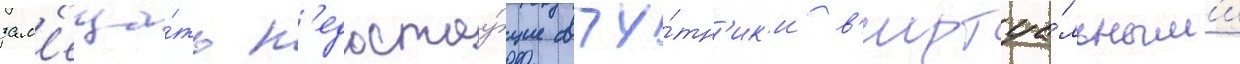
зам'еща́ть н'едостау́щие спу́тн'ик'и в'иртуа́льным'и